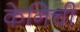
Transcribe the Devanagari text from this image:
केनिची